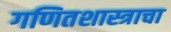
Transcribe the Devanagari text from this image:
गणितशास्त्राचा